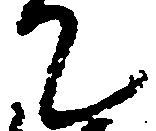
て